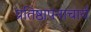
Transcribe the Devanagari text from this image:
प्रतिष्ठापनाचार्य